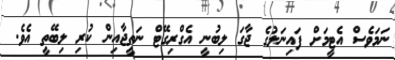
ނަމަވެސް އެޓީމަށް ފައިނަލުގެ ޖާގަ ލިބުނީ އެގްރިގޭޓް ނަތީޖާއިން ކުރި ލިބޭތީ އެވެ.